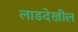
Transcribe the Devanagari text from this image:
लाडदेखील